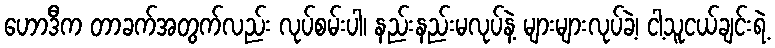
ဟောဒီက တာခက်အတွက်လည်း လုပ်စမ်းပါ၊ နည်းနည်းမလုပ်နဲ့ များများလုပ်ခဲ့၊ ငါ့သူငယ်ချင်းရဲ့